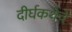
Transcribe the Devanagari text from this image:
दीर्घकथेचे